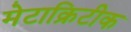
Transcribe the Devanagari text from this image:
मेटाक्रिटीक